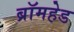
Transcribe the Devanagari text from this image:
ब्रॉमहेड